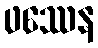
ဖဿေန